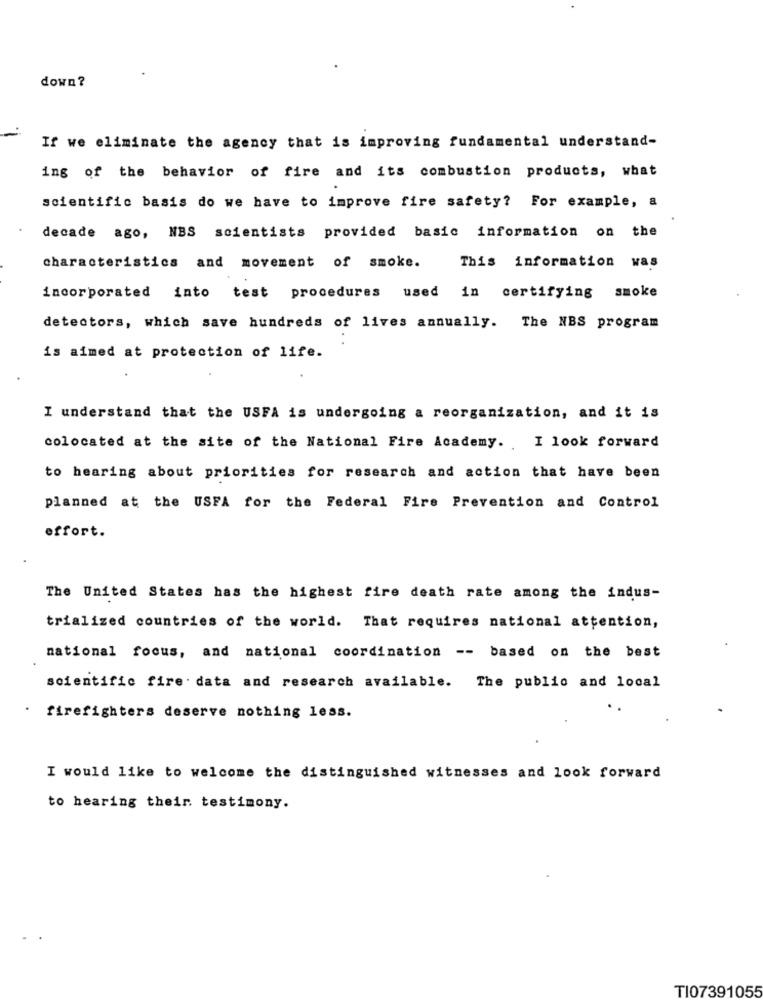
down ?
If we eliminate the agency that is improving fundamental understand-
ing of the behavior of fire and its combustion products, what
scientific basis do we have to improve fire safety? For example, a
decade ago, NBS scientists provided basic information on the
characteristics and movement of smoke.
This information was
incorporated into test procedures used in certifying smoke
detectors, which save hundreds of lives annually. The NBS program
is aimed at protection of life.
I understand that the USFA is undergoing a reorganization, and it is
colocated at the site of the National Fire Academy ..
I look forward
to hearing about priorities for research and action that have been
planned at the USFA for the Federal Fire Prevention and Control
effort.
The United States has the highest fire death rate among the indus-
trialized countries of the world. That requires national attention,
national focus, and national coordination -- based on the best
scientific fire. data and research available. The public and local
firefighters deserve nothing less.
I would like to welcome the distinguished witnesses and look forward
to hearing their testimony.
TI07391055